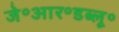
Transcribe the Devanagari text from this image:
जे॰आर॰डब्लू॰